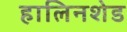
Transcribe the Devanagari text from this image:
हालिनशेड